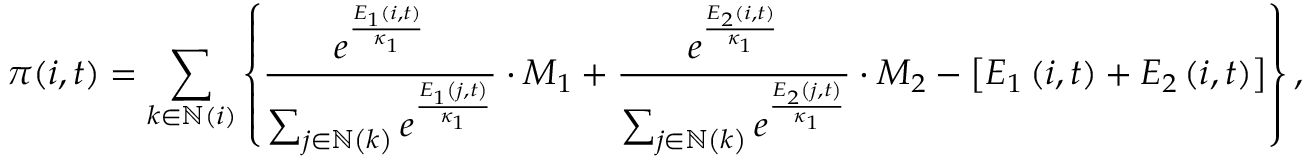
\pi ( i , t ) = \sum _ { k \in \mathbb { N } ( i ) } \left\{ \frac { e ^ { \frac { E _ { \scriptscriptstyle 1 } \left( i , t \right) } { \kappa _ { 1 } } } } { \sum _ { j \in \mathbb { N } \left( k \right) } e ^ { \frac { E _ { 1 } \left( j , t \right) } { \kappa _ { 1 } } } } \cdot M _ { 1 } + \frac { e ^ { \frac { E _ { \scriptscriptstyle 2 } \left( i , t \right) } { \kappa _ { 1 } } } } { \sum _ { j \in \mathbb { N } \left( k \right) } e ^ { \frac { E _ { 2 } \left( j , t \right) } { \kappa _ { 1 } } } } \cdot M _ { 2 } - \left[ E _ { 1 } \left( i , t \right) + E _ { 2 } \left( i , t \right) \right] \right\} ,